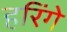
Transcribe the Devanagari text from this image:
हरिंगे